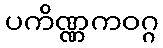
ပကိဏ္ဏကဝဂ္ဂ